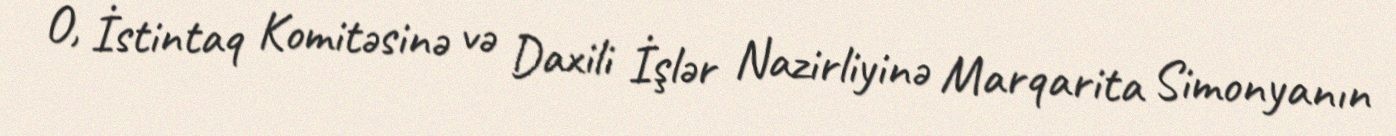
O, İstintaq Komitəsinə və Daxili İşlər Nazirliyinə Marqarita Simonyanın